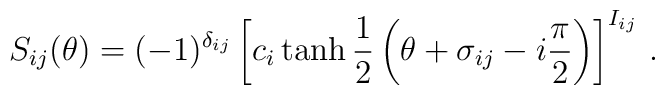
S_{ij}(\theta )=(-1)^{\delta _{ij}}\left[ c_{i}\tanh \frac{1}{2}\left(\theta +\sigma _{ij}-i\frac{\pi }{2}\right) \right] ^{I_{ij}}\,.